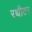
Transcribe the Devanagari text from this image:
रथीतर